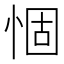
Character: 𢛅